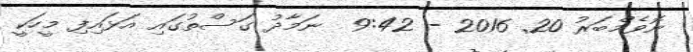
ނޮވެމްބަރު 20